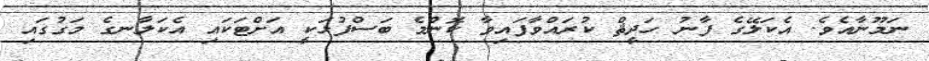
ނަމޫނާއެވެ. އެކަލޭގެ ފާނު ހަދީޘް ކުރައްވާފައިވާ ކޮންމެ ބަސްފުޅަކީ އަށްޓަކައި އެކަލާނގެ މަގުގައި